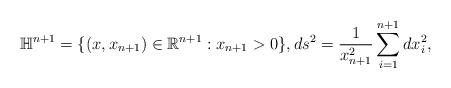
LaTeX: \begin{align*}\mathbb{H}^{n+1}=\{(x,x_{n+1})\in \mathbb{R}^{n+1}:x_{n+1}>0\},ds^2=\frac{1}{x_{n+1}^2}\sum_{i=1}^{n+1}dx_i^2,\end{align*}